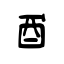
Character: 酨